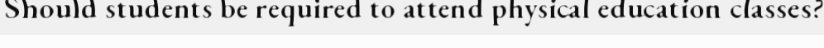
Should students be required to attend physical education classes?